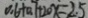
0 . 6 + 0 . 7 + 2 0 x = 2 . 5